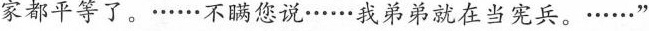
家都平等了。······不瞒您说······我弟弟就在当宪兵。······”